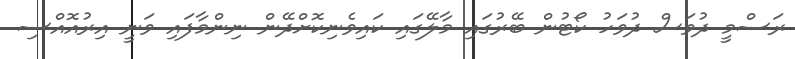
ރަސްމީ ދުވަސް ދުވަހު ކޯޓުން ބޭރުގައި މާލޭގައި ކައިވެނިކޮށްދޭން ނިންމާފައި ވަނީ އިރުއޮއްސި